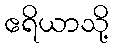
ဧရိယာသို့